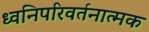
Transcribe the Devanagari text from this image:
ध्वनिपरिवर्तनात्मक